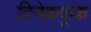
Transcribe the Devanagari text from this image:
टिनेककूक